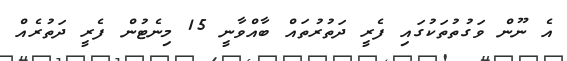
އެ ނޫން ވަގުތުތަކުގައި ފެރީ ދަތުރުތައް ބާއްވާނީ 15 މިނެޓުން ފެރީ ދަތުރެއް